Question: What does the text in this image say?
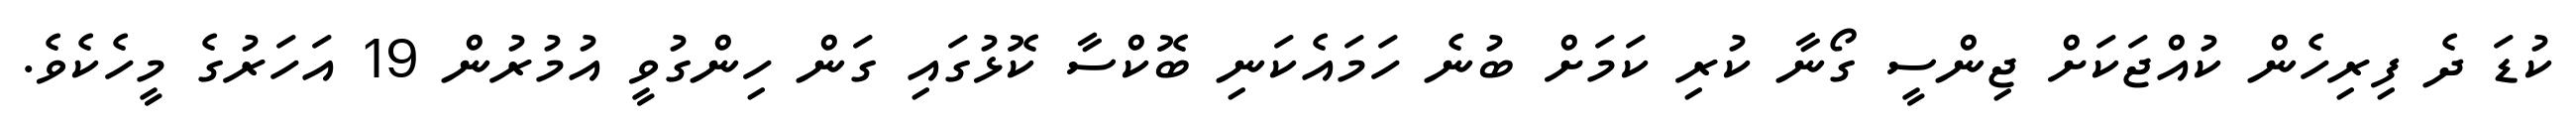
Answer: ކުޑަ ދެ ފިރިހެން ކުއްޖަކަށް ޖިންސީ ގޯނާ ކުރި ކަމަށް ބުނެ ހަމައެކަނި ބޮކްސާ ކޮޅުގައި ގަން ހިންގުވީ އުމުރުން 19 އަހަރުގެ މީހެކެވެ.